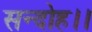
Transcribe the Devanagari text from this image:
सन्‍दोह।।